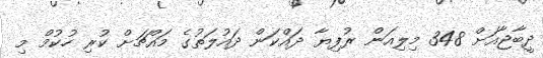
ދީބާޖާއަށް 348 މިލިއަން ރުފިޔާ ދައްކަން ދައުލަތުގެ މައްޗަށް ކުރި ހުކުމް މި